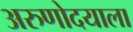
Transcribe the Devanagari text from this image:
अरुणोदयाला